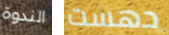
الندوة دهست